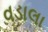
વડાલા